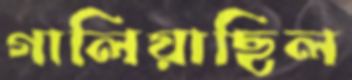
গালিয়াছিল